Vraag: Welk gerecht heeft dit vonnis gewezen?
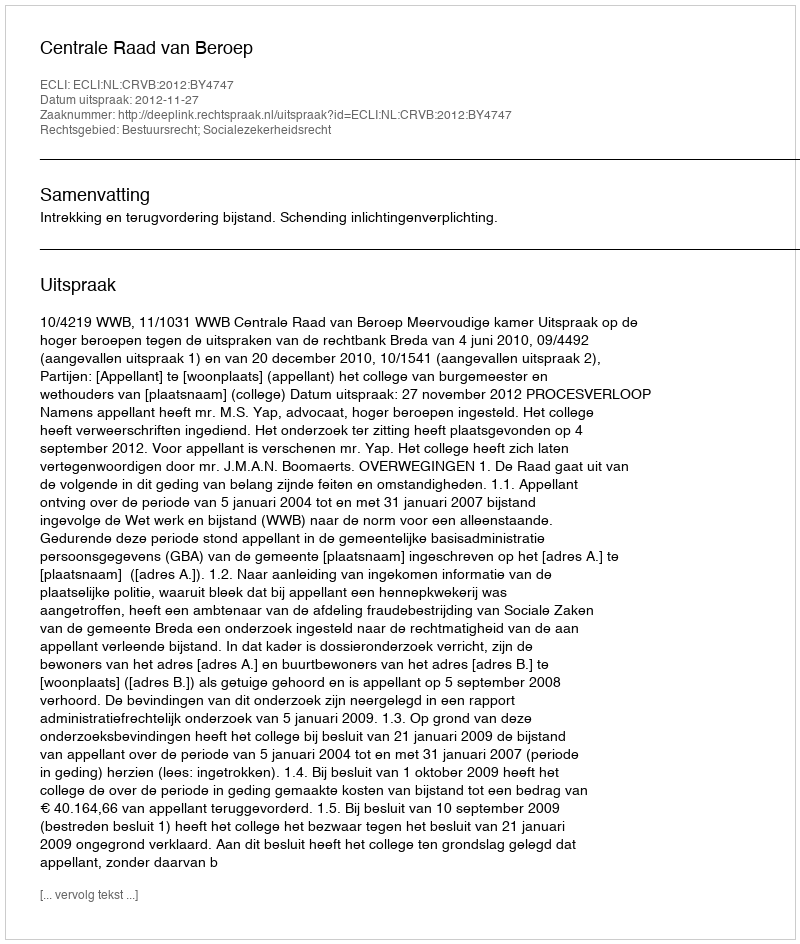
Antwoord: Centrale Raad van Beroep